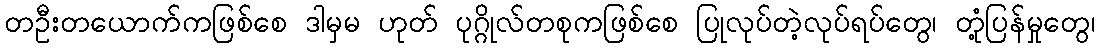
တဦးတယောက်ကဖြစ်စေ ဒါမှမ ဟုတ် ပုဂ္ဂိုလ်တစုကဖြစ်စေ ပြုလုပ်တဲ့လုပ်ရပ်တွေ၊ တုံ့ပြန်မှုတွေ၊